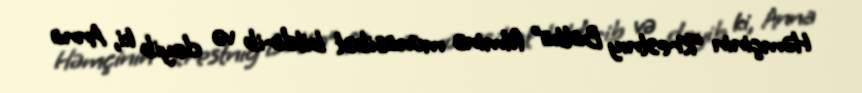
Həmçinin “Krestnıy Batka” filminə münasibət bildirib və deyib ki, Anna